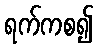
ရက်ကစ၍